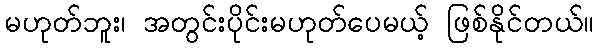
မဟုတ်ဘူး၊ အတွင်းပိုင်းမဟုတ်ပေမယ့် ဖြစ်နိုင်တယ်။